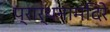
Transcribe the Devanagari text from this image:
प्रार्थनामंदिरे